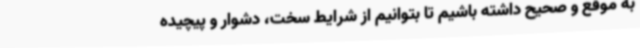
به موقع و صحیح داشته باشیم تا بتوانیم از شرایط سخت، دشوار و پیچیده